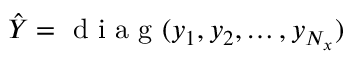
\hat { Y } = \mathrm { ~ d ~ i ~ a ~ g ~ } ( y _ { 1 } , y _ { 2 } , \ldots , y _ { N _ { x } } )